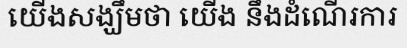
យើងសង្ឃឹមថា យើង នឹងដំណើរការ